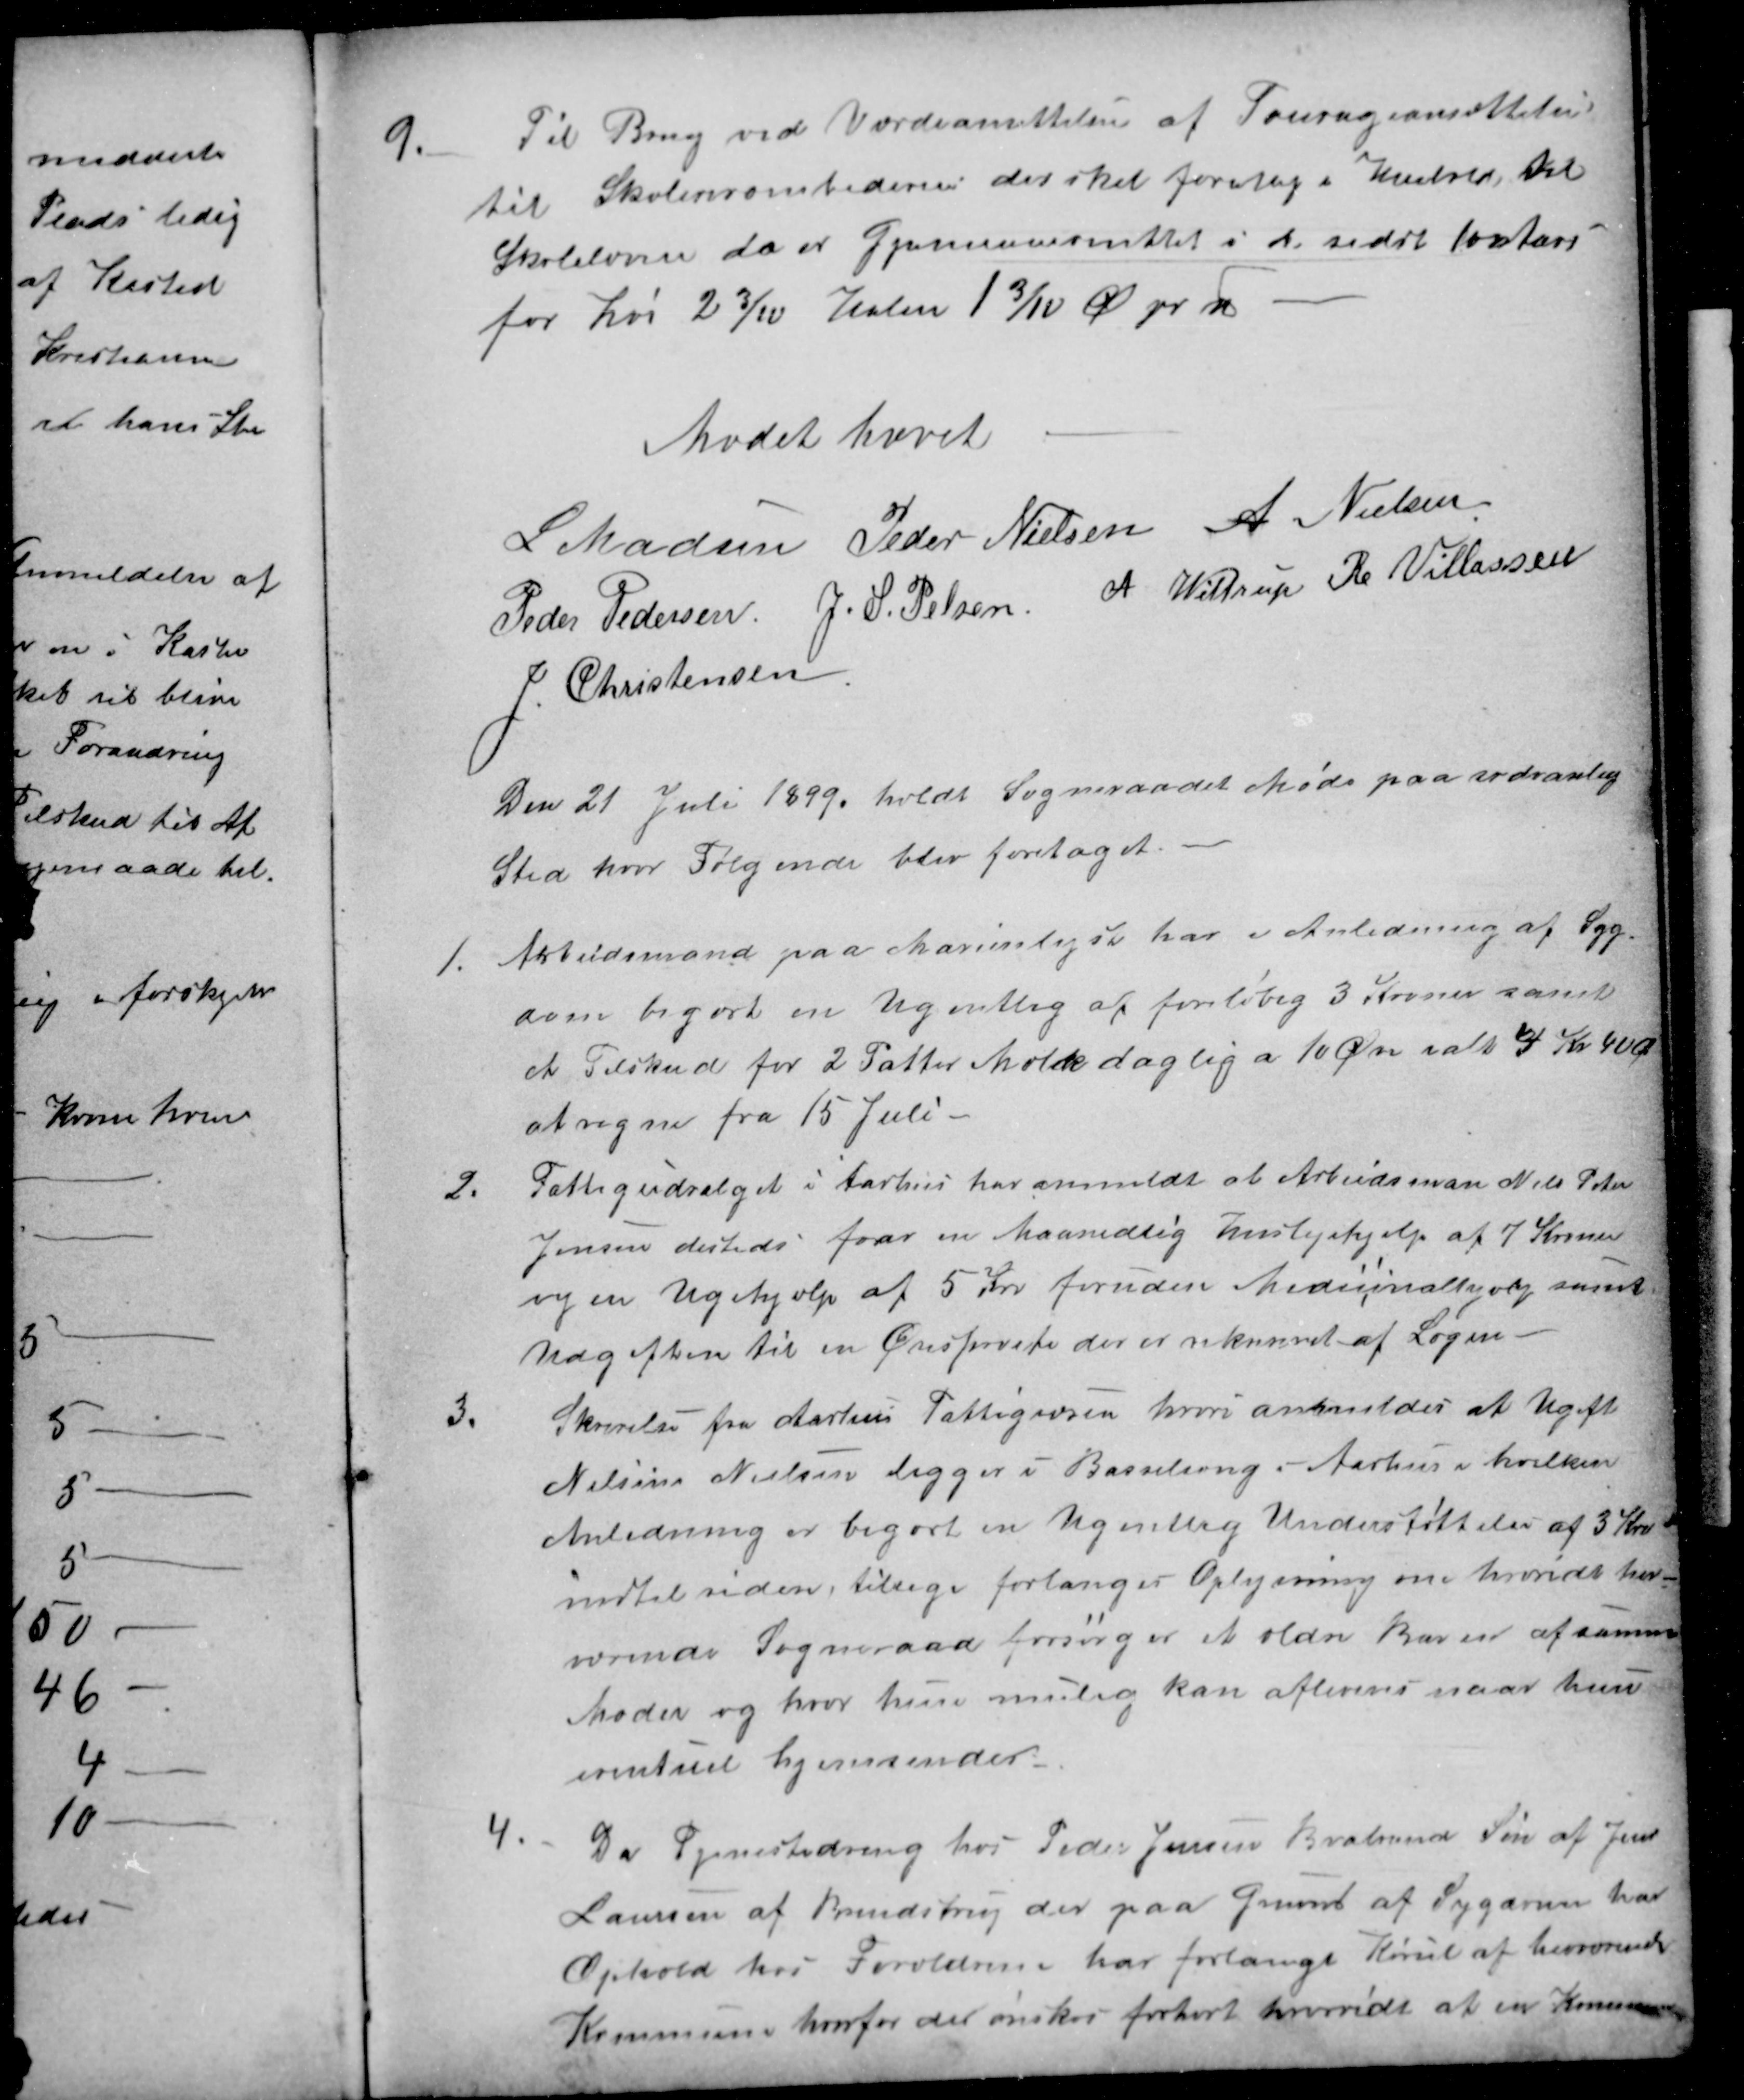
Transskription:
9.
Til Brug ved Værdiansættelse af Fourageansættelsen
til Skolensembederne der skal foretag i Henhold til
Skoleloven da er Gjennemsnittet i de sidste 100 Aars
for Hø 2 3⁄₁₀ Halm 1 ³ ⁄₁₀ Ø pr ℔
Mødet hævet
L Madsen
Peder Nielsen
 A Nielsen
Peder Pedersen
J. S. Pelsen
 A Wittrup
 R. Villassen
J. Christensen
Den 21 Juli 1899. holdt Sogneraadet Møde paa sædvanlig
Sted hvor Følgende blev foretaget.
1.
Arbeidsmand paa Marienlyst har i Anledning af Syg
dom begært en Ugentlig af foreløbig 3 Kroner samt
et Tilskud for 2 Potter Mælk daglig a 10 Øre ialt 4 Kr 40 Ør
at regne fra 15 Juli -
2.
Fattigudvalget i Aarhus har anmeldt at Arbeidsman Nils Peter
Jensen desteds faar en Maanedlig huslejehjælp af 7 Kroner
og en Ugehjælp af 5 Kr foruden Medicinalhjælp samt
Udgiften til en Øresprøite der er rekvireret af Lægen
3.
Skrivelse fra Aarhus Fattigvæsen hvori anmeldes at Ugift
Nelsine Nielsen ligger i Barselseng i Aarhus i hvilken
Anledning er begært en Ugentlig Understøttelse af 3 Kr
indtil siden, tilbage forlanges Oplysning om hvorvidt her
værende Sogneraad forsørger et ældre Barn af samme
Moder og hvor hun mulig kan afleveres naar hun
eventuel hjemsendes
4.
Da Tjenestedreng hos Peder Jensen Brabrand Søn af Jens
Laursen af Brendstrup der paa Grund af Sygdom har
Ophold hos Forældrene har forlangt Kørsel af herværende 
Kommune, hvorfor der ønsker forhørt hvorvidt at en Kommune